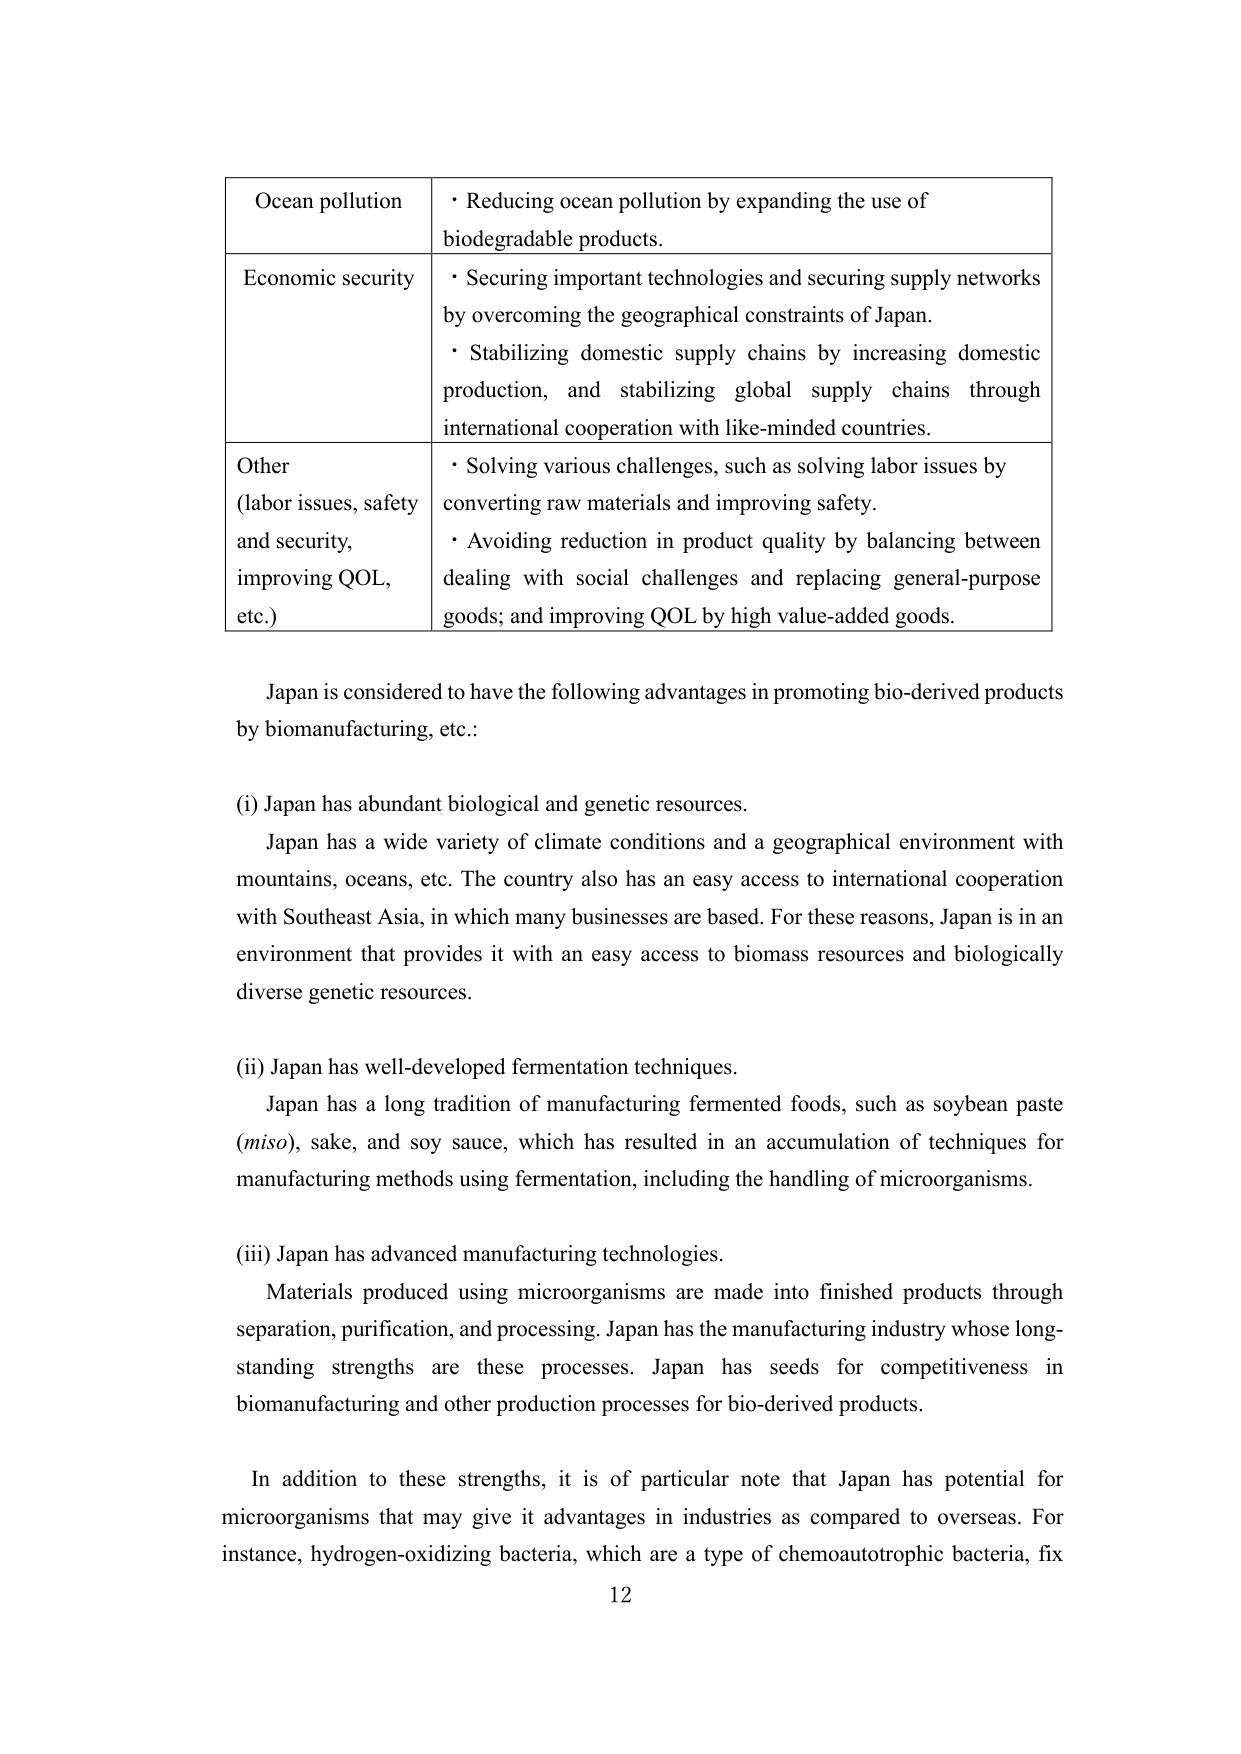
Ocean pollution
• Reducing ocean pollution by expanding the use of biodegradable products.

Economic security
• Securing important technologies and securing supply networks by overcoming the geographical constraints of Japan.
• Stabilizing domestic supply chains by increasing domestic production, and stabilizing global supply chains through international cooperation with like-minded countries.

Other (labor issues, safety and security, improving QOL, etc.)
• Solving various challenges, such as solving labor issues by converting raw materials and improving safety.
• Avoiding reduction in product quality by balancing between dealing with social challenges and replacing general-purpose goods; and improving QOL by high value-added goods.

Japan is considered to have the following advantages in promoting bio-derived products by biomanufacturing, etc.:

(i) Japan has abundant biological and genetic resources.
Japan has a wide variety of climate conditions and a geographical environment with mountains, oceans, etc. The country also has an easy access to international cooperation with Southeast Asia, in which many businesses are based. For these reasons, Japan is in an environment that provides it with an easy access to biomass resources and biologically diverse genetic resources.

(ii) Japan has well-developed fermentation techniques.
Japan has a long tradition of manufacturing fermented foods, such as soybean paste (miso), sake, and soy sauce, which has resulted in an accumulation of techniques for manufacturing methods using fermentation, including the handling of microorganisms.

(iii) Japan has advanced manufacturing technologies.
Materials produced using microorganisms are made into finished products through separation, purification, and processing. Japan has the manufacturing industry whose long-standing strengths are these processes. Japan has seeds for competitiveness in biomanufacturing and other production processes for bio-derived products.

In addition to these strengths, it is of particular note that Japan has potential for microorganisms that may give it advantages in industries as compared to overseas. For instance, hydrogen-oxidizing bacteria, which are a type of chemoautotrophic bacteria, fix

12